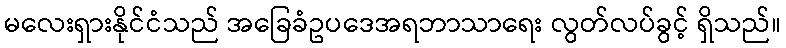
မလေးရှားနိုင်ငံသည် အခြေခံဥပဒေအရဘာသာရေး လွတ်လပ်ခွင့် ရှိသည်။